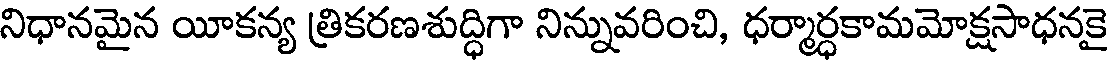
నిధానమైన యీకన్య త్రికరణశుద్ధిగా నిన్నువరించి, ధర్మార్ధకామమోక్షసాధనకై